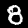
Label: 8